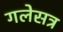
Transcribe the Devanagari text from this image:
गलेसत्र